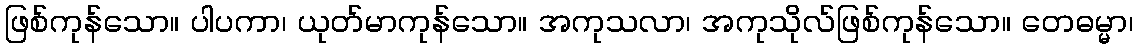
ဖြစ်ကုန်သော။ ပါပကာ၊ ယုတ်မာကုန်သော။ အကုသလာ၊ အကုသိုလ်ဖြစ်ကုန်သော။ တေဓမ္မာ၊